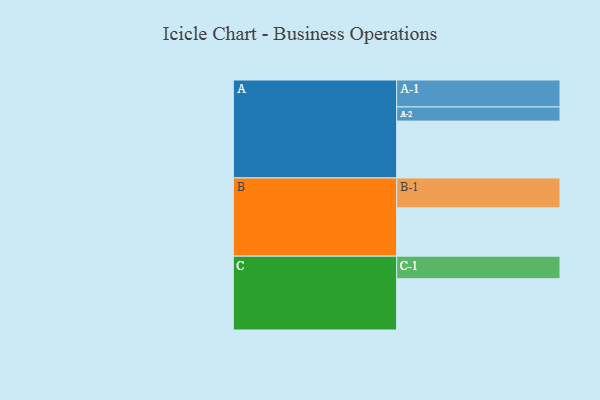
{"axis": {"x": "Segment", "y": "Value"}, "legend": ["", "A", "B", "C"], "data": [{"x": "A", "y": 498, "type": ""}, {"x": "B", "y": 423, "type": ""}, {"x": "C", "y": 449, "type": ""}, {"x": "A-1", "y": 236, "type": "A"}, {"x": "A-2", "y": 124, "type": "A"}, {"x": "B-1", "y": 262, "type": "B"}, {"x": "C-1", "y": 198, "type": "C"}]}